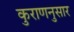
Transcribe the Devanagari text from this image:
कुराणनुसार